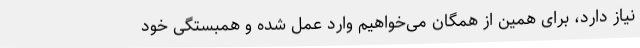
نیاز دارد، برای همین از همگان می‌خواهیم وارد عمل شده و همبستگی خود